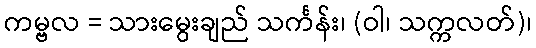
ကမ္ဗလ = သားမွေးချည် သင်္ကန်း၊ (ဝါ၊ သက္ကလတ်)၊